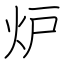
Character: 炉